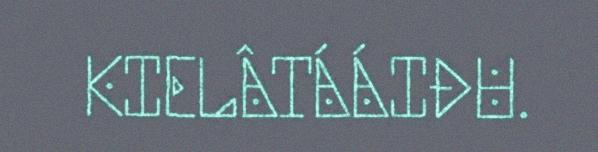
KIELÂTÁÁIĐU.